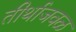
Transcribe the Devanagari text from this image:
तीर्थाजवळ